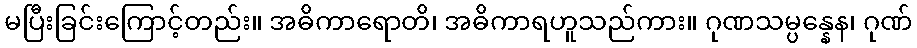
မပြီးခြင်းကြောင့်တည်း။ အဓိကာရောတိ၊ အဓိကာရဟူသည်ကား။ ဂုဏသမ္ပန္နေန၊ ဂုဏ်